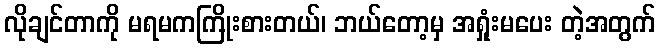
လိုချင်တာကို မရမကကြိုးစားတယ်၊ ဘယ်တော့မှ အရှုံးမပေး တဲ့အတွက်